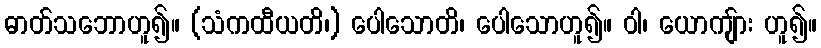
ဓာတ်သဘောဟူ၍။ (သံကထီယတိ၊) ပေါသောတိ၊ ပေါသောဟူ၍။ ဝါ၊ ယောကျ်ား ဟူ၍။